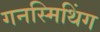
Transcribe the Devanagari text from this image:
गनस्मिथिंग